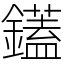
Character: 鑉